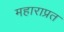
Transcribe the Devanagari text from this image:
महाराप्रत